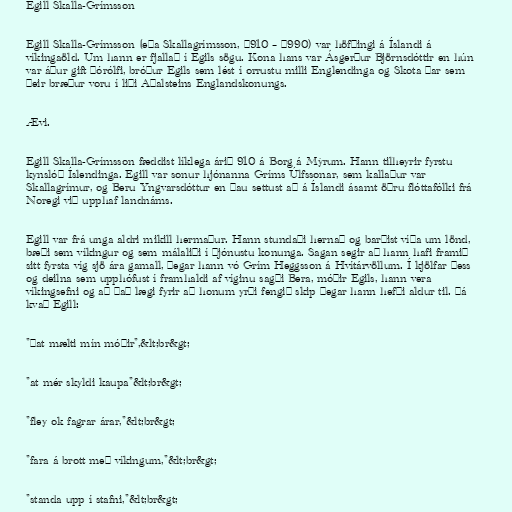
Egill Skalla-Grímsson

Egill Skalla-Grímsson (eða Skallagrímsson, ~910 – ~990) var höfðingi á Íslandi á
víkingaöld. Um hann er fjallað í Egils sögu. Kona hans var Ásgerður Björnsdóttir en hún
var áður gift Þórólfi, bróður Egils sem lést í orrustu milli Englendinga og Skota þar sem
þeir bræður voru í liði Aðalsteins Englandskonungs.

Ævi.

Egill Skalla-Grímsson fæddist líklega árið 910 á Borg á Mýrum. Hann tilheyrir fyrstu
kynslóð Íslendinga. Egill var sonur hjónanna Gríms Úlfssonar, sem kallaður var
Skallagrímur, og Beru Yngvarsdóttur en þau settust að á Íslandi ásamt öðru flóttafólki frá
Noregi við upphaf landnáms.

Egill var frá unga aldri mikill hermaður. Hann stundaði hernað og barðist víða um lönd,
bæði sem víkingur og sem málaliði í þjónustu konunga. Sagan segir að hann hafi framið
sitt fyrsta víg sjö ára gamall, þegar hann vó Grím Heggsson á Hvítárvöllum. Í kjölfar þess
og deilna sem upphófust í framhaldi af víginu sagði Bera, móðir Egils, hann vera
víkingsefni og að það lægi fyrir að honum yrði fengið skip þegar hann hefði aldur til. Þá
kvað Egill:

"Þat mælti mín móðir",&lt;br&gt;

"at mér skyldi kaupa"&lt;br&gt;

"fley ok fagrar árar,"&lt;br&gt;

"fara á brott með víkingum,"&lt;br&gt;

"standa upp í stafni,"&lt;br&gt;